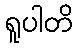
ရူပါတိ